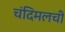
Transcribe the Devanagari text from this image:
चंदिमलची